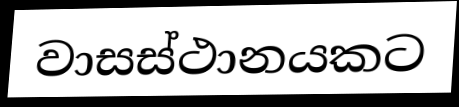
වාසස්ථානයකට